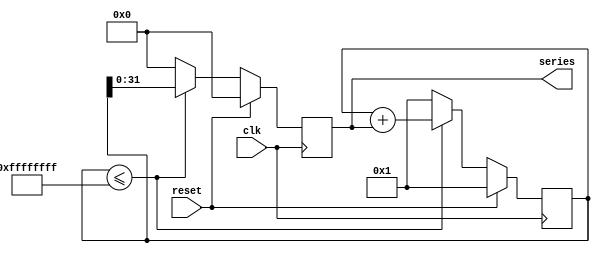
module fibo(clk,reset,series);
input clk,reset;
output [31:0]series;
reg [31:0]prev_out;
reg [32:0]a,curr_out;
always@(posedge clk)
begin
if(reset)
begin
prev_out<=0;
curr_out<=1;
end
else if(curr_out<=32'hffffffff)
begin
curr_out<=curr_out+prev_out;
prev_out<=curr_out;
end
else
begin
curr_out<=1;
prev_out<=0;
end
end
assign series=prev_out;
endmodule